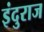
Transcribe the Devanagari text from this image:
इंदुराज